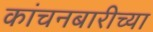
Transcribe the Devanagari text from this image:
कांचनबारीच्या